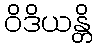
ဝိဒိယန္တိ